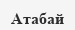
Атабай